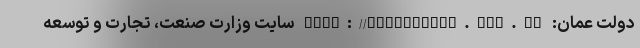
دولت عمان: http://omanportal.gov.om سایت وزارت صنعت، تجارت و توسعه